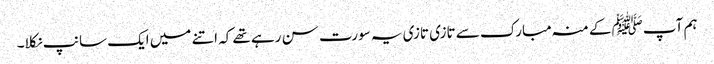
ہم آپﷺ کے منہ مبارک سے تازی تازی یہ سورت سن رہے تھے کہ اتنے میں ایک سانپ نکلا۔